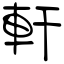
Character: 軒